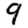
Digit: 9